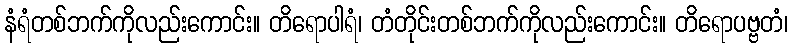
နံရံတစ်ဘက်ကိုလည်းကောင်း။ တိရောပါရံ၊ တံတိုင်းတစ်ဘက်ကိုလည်းကောင်း။ တိရောပဗ္ဗတံ၊